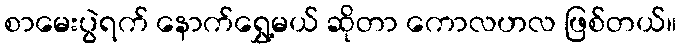
စာမေးပွဲရက် နောက်ရွှေ့မယ် ဆိုတာ ကောလဟလ ဖြစ်တယ်။